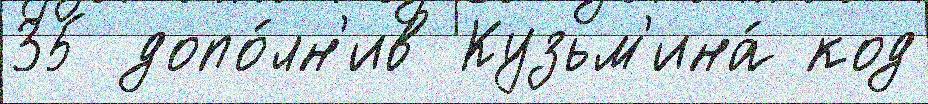
35 допо́лн'ив Кузьм'ина́ код